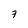
Character: 7